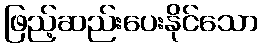
ဖြည့်ဆည်းပေးနိုင်သော